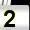
Digit: 2